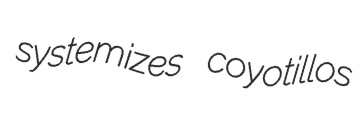
systemizes coyotillos